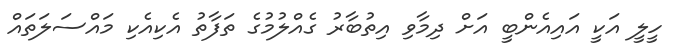
ހީލީ އަކީ އައިއެންބީ އަށް ދިމާވި އިތުބާރު ގެއްލުމުގެ ތަފާތު އެކިއެކި މައްސަލަތައް